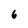
Character: 6